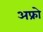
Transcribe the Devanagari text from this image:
अफ्रो